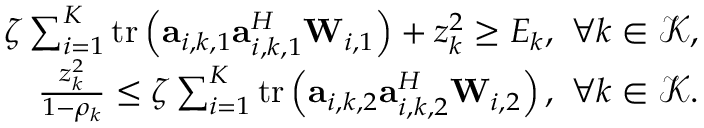
\begin{array} { r } { \zeta \sum _ { i = 1 } ^ { K } \mathrm { t r } \left( \mathbf a _ { i , k , 1 } \mathbf a _ { i , k , 1 } ^ { H } \mathbf W _ { i , 1 } \right) + z _ { k } ^ { 2 } \geq E _ { k } , \ \forall k \in \mathcal K , } \\ { \frac { z _ { k } ^ { 2 } } { 1 - \rho _ { k } } \leq \zeta \sum _ { i = 1 } ^ { K } \mathrm { t r } \left( \mathbf a _ { i , k , 2 } \mathbf a _ { i , k , 2 } ^ { H } \mathbf W _ { i , 2 } \right) , \ \forall k \in \mathcal K . } \end{array}